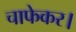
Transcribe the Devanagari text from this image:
चाफेकर।